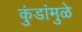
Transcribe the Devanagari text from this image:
कुंडांमुळे